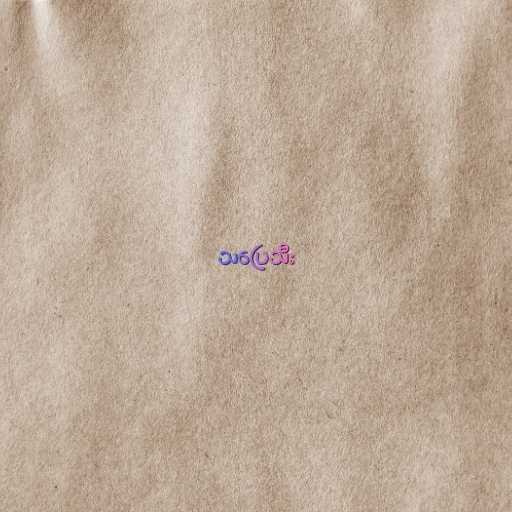
သပြေသီး